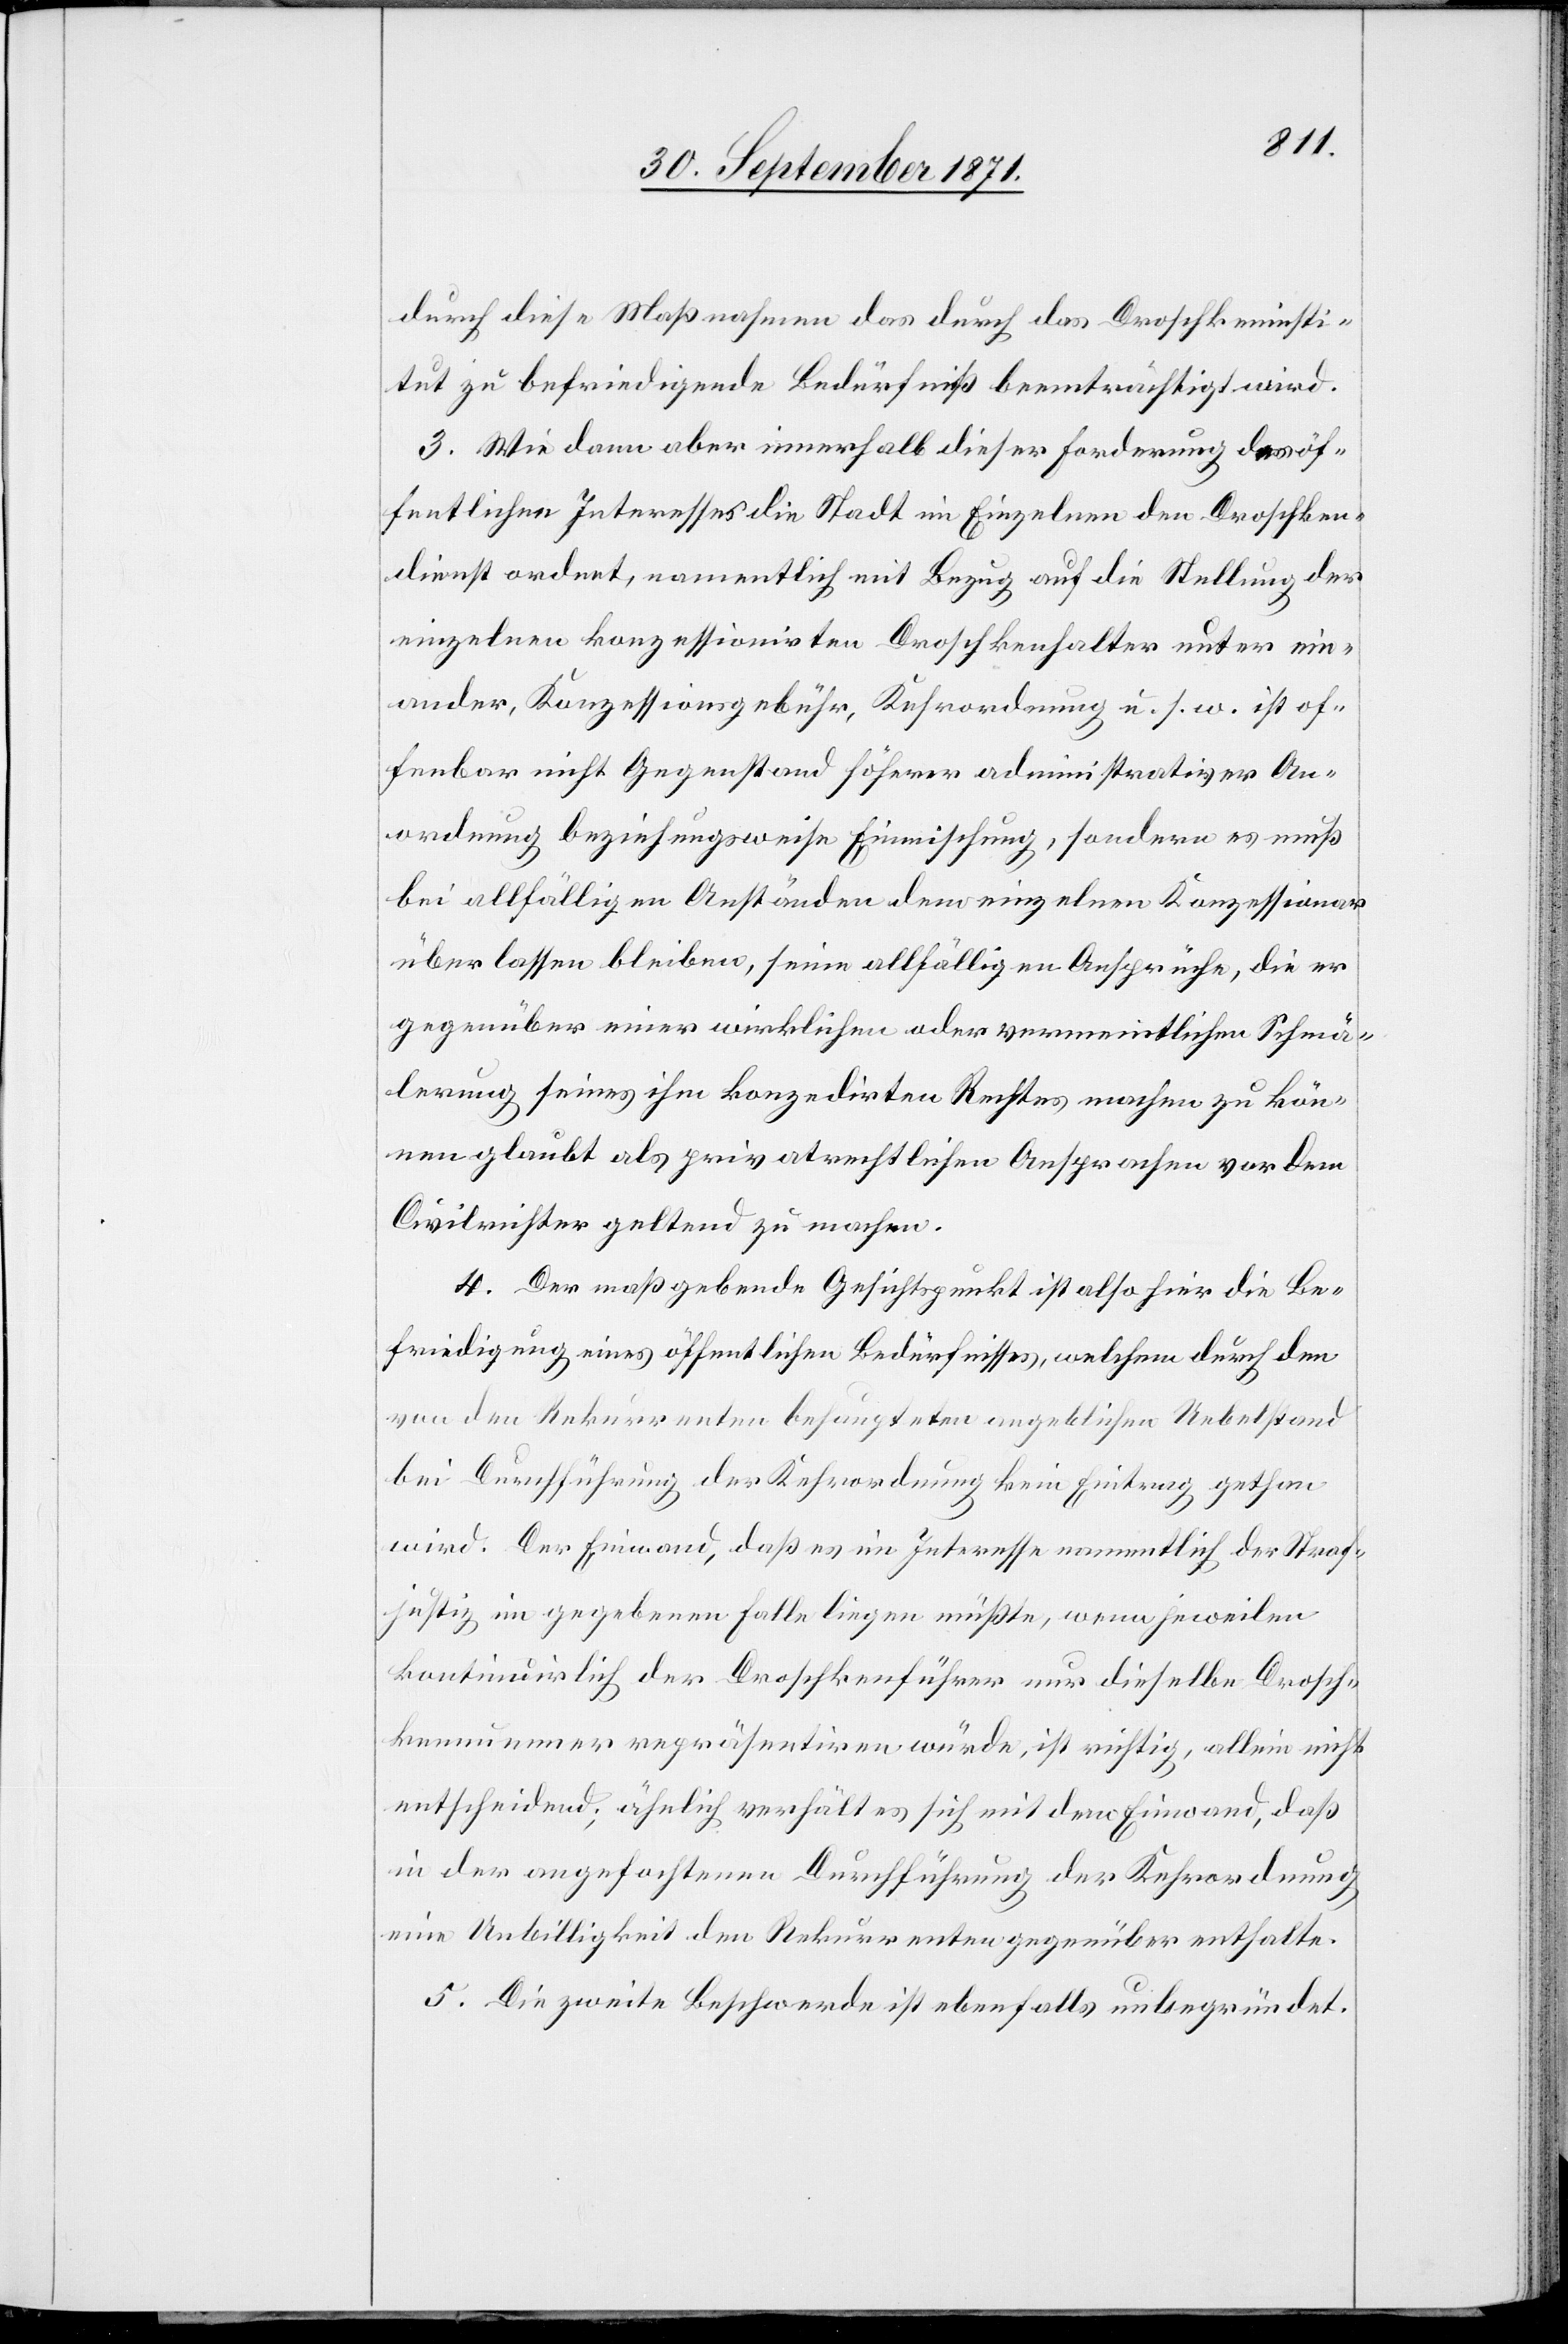
durch diese Maßnahme das durch das Droschkeninsti¬
tut zu befriedigende Bedürfniß beeinträchtigt wird.
3. Wie dann aber innerhalb dieser Forderung des öf¬
fentlichen Interesses die Stadt im Einzelnen den Droschken¬
dienst ordnet, namentlich mit Bezug auf die Stellung der
einzelnen konzessionirten Droschkenhalter unter ein¬
ander, Konzessionsgebühr, Kehrordnung u. s. w. ist of¬
fenbar nicht Gegenstand höherer administrativen An¬
ordnung beziehungsweise Einmischung, sondern es muß
bei allfälligen Anständen dem einzelnen Konzessionar
überlassen bleiben, seine allfälligen Ansprüche, die er
gegenüber einer wirklichen oder vermeintlichen Schmä¬
lerung seines ihm konzedirten Rechtes machen zu kön¬
nen glaubt als privatrechtlichen [sic!] Ansprachen vor dem
Civilrichter geltend zu machen.
4. Der maßgebende Gesichtspunkt ist also hier die Be¬
friedigung eines öffentlichen Bedürfnisses, welchem durch den
von den Rekurrenten behaupteten angeblichen Uebelstand
bei Durchführung der Kehrordnung kein Eintrag gethan
wird. Der Einwand, daß es im Interesse namentlich der Straf¬
justiz in gegebenem Falle liegen müßte, wenn jeweilen
kontinuirlich der Droschkenführer nur dieselbe Drosch¬
kennummer repräsentiren würde, ist richtig, allein nicht
entscheidend; ähnlich verhält es sich mit dem Einwand, daß
in der angefochtenen Durchführung der Kehrordnung
eine Unbilligkeit dem Rekurrenten gegenüber enthalte.
5. Die zweite Beschwerde ist ebenfalls unbegründet.